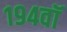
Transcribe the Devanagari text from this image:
१९४वॉ